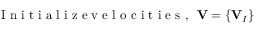
\mathrm { ~ I ~ n ~ i ~ t ~ i ~ a ~ l ~ i ~ z ~ e ~ v ~ e ~ l ~ o ~ c ~ i ~ t ~ i ~ e ~ s ~ , ~ } ~ { \bf V } = \{ { \bf V } _ { I } \}